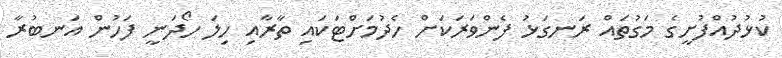
ކުޅުދުއްފުށީގެ މަގުތައް ރަނގަޅު ފެންވަރަކަށް ހެދުމަށްޓަކައި ތާރާއި ހިލަ ހޯދަނީ ފަހުން އަނބުރާ